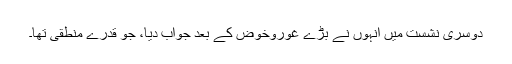
دوسری نشست میں اُنہوں نے بڑے غوروخوض کے بعد جواب دیا، جو قدرے منطقی تھا۔